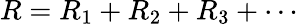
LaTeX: {\big.}R=R_{1}+R_{2}+R_{3}+\cdots